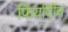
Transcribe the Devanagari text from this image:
फिर्यादींचं